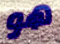
هو